Philaematomyia insignis, Austen - Number 54
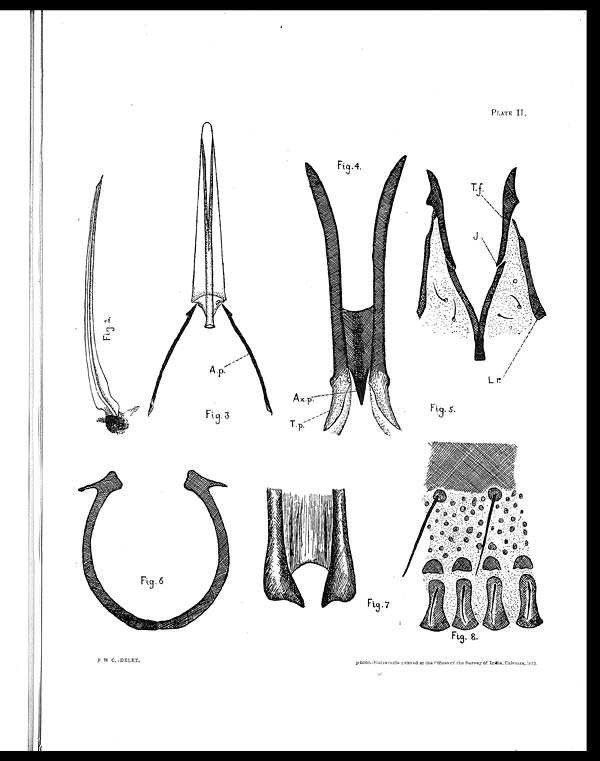
PLATE
II.
F. W C. -DELET.
photo.-Engraved & printed at the Offices of the Survey of India, Calcutta. 1912.